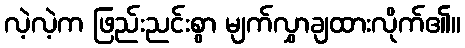
လဲ့လဲ့က ဖြည်းညင်းစွာ မျက်လွှာချထားလိုက်၏။